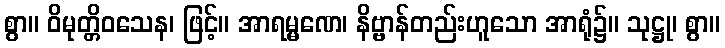
စွာ။ ဝိမုတ္တိဝသေန၊ ဖြင့်။ အာရမ္မဏေ၊ နိဗ္ဗာန်တည်းဟူသော အာရုံ၌။ သုဋ္ဌု၊ စွာ။